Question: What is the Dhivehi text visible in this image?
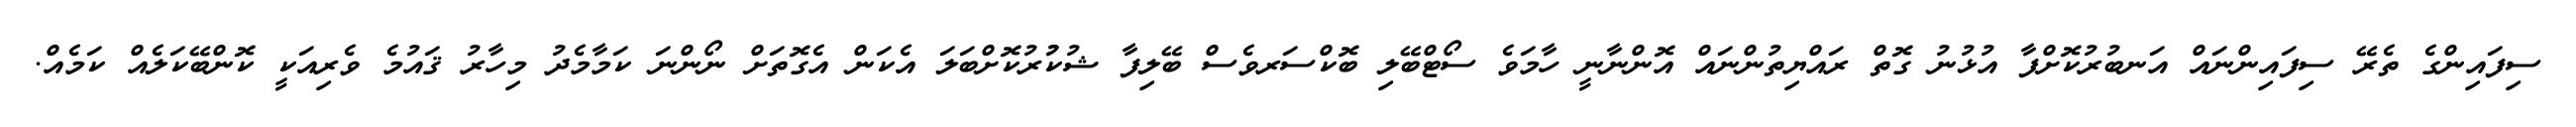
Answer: ސިފައިންގެ ތެރޭ ސިފައިންނައް އަނބުރުކޮށްފާ އުޅުނު ގޮތް ރައްޔިތުންނައް އޮންނާނީ ހާމަވެ ސޯޓްބޭލި ބޮކްސަރވެސް ބޭލިފާ ޝުކުުރުކޮށްބަލަ އެކަން އެގޮތަށް ނޯންނަ ކަމާމެދު މިހާރު ޤައުމެ ވެރިއަކީ ކޮންބޭކަލެއް ކަމެއް.